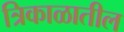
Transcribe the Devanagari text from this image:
त्रिकाळातील